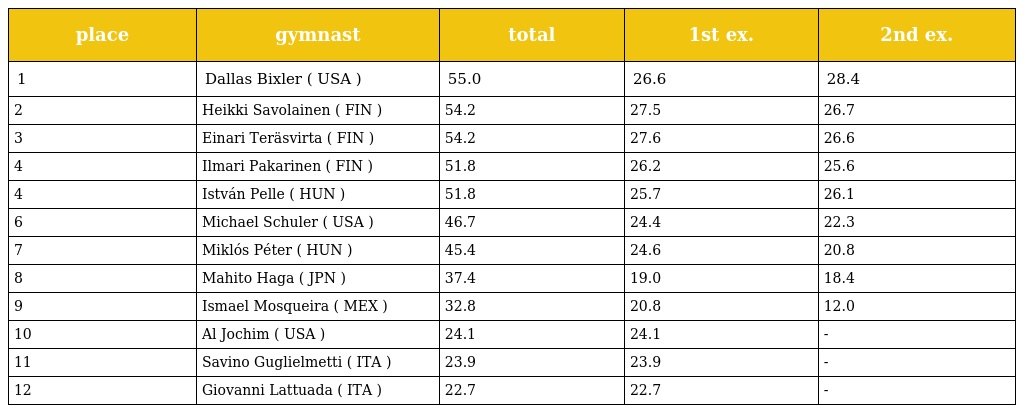
| place | gymnast | total | 1st ex. | 2nd ex. |
 | --- | --- | --- | --- | --- |
 | 1 | Dallas Bixler ( USA ) | 55.0 | 26.6 | 28.4 |
 | 2 | Heikki Savolainen ( FIN ) | 54.2 | 27.5 | 26.7 |
 | 3 | Einari Teräsvirta ( FIN ) | 54.2 | 27.6 | 26.6 |
 | 4 | Ilmari Pakarinen ( FIN ) | 51.8 | 26.2 | 25.6 |
 | 4 | István Pelle ( HUN ) | 51.8 | 25.7 | 26.1 |
 | 6 | Michael Schuler ( USA ) | 46.7 | 24.4 | 22.3 |
 | 7 | Miklós Péter ( HUN ) | 45.4 | 24.6 | 20.8 |
 | 8 | Mahito Haga ( JPN ) | 37.4 | 19.0 | 18.4 |
 | 9 | Ismael Mosqueira ( MEX ) | 32.8 | 20.8 | 12.0 |
 | 10 | Al Jochim ( USA ) | 24.1 | 24.1 | - |
 | 11 | Savino Guglielmetti ( ITA ) | 23.9 | 23.9 | - |
 | 12 | Giovanni Lattuada ( ITA ) | 22.7 | 22.7 | - |